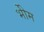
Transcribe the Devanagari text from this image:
भीेम